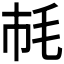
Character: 𣬪